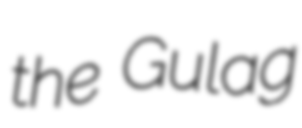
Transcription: the Gulag